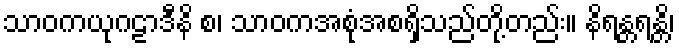
သာဝကယုဂဠာဒီနိ စ၊ သာဝကအစုံအစရှိသည်တို့တည်း။ နိရန္တရန္တိ၊